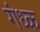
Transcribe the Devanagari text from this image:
गंध्क